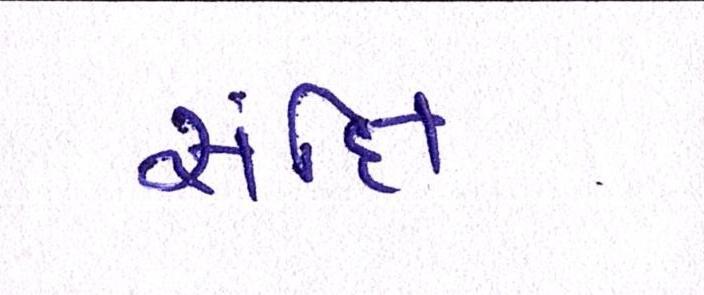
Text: સંક્ષિ